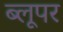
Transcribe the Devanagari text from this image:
ब्लूपर